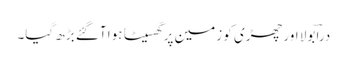
دراؔ بولا اور چھڑی کو زمین پر گھسیٹا ہوا آگئے بڑھ گیا۔